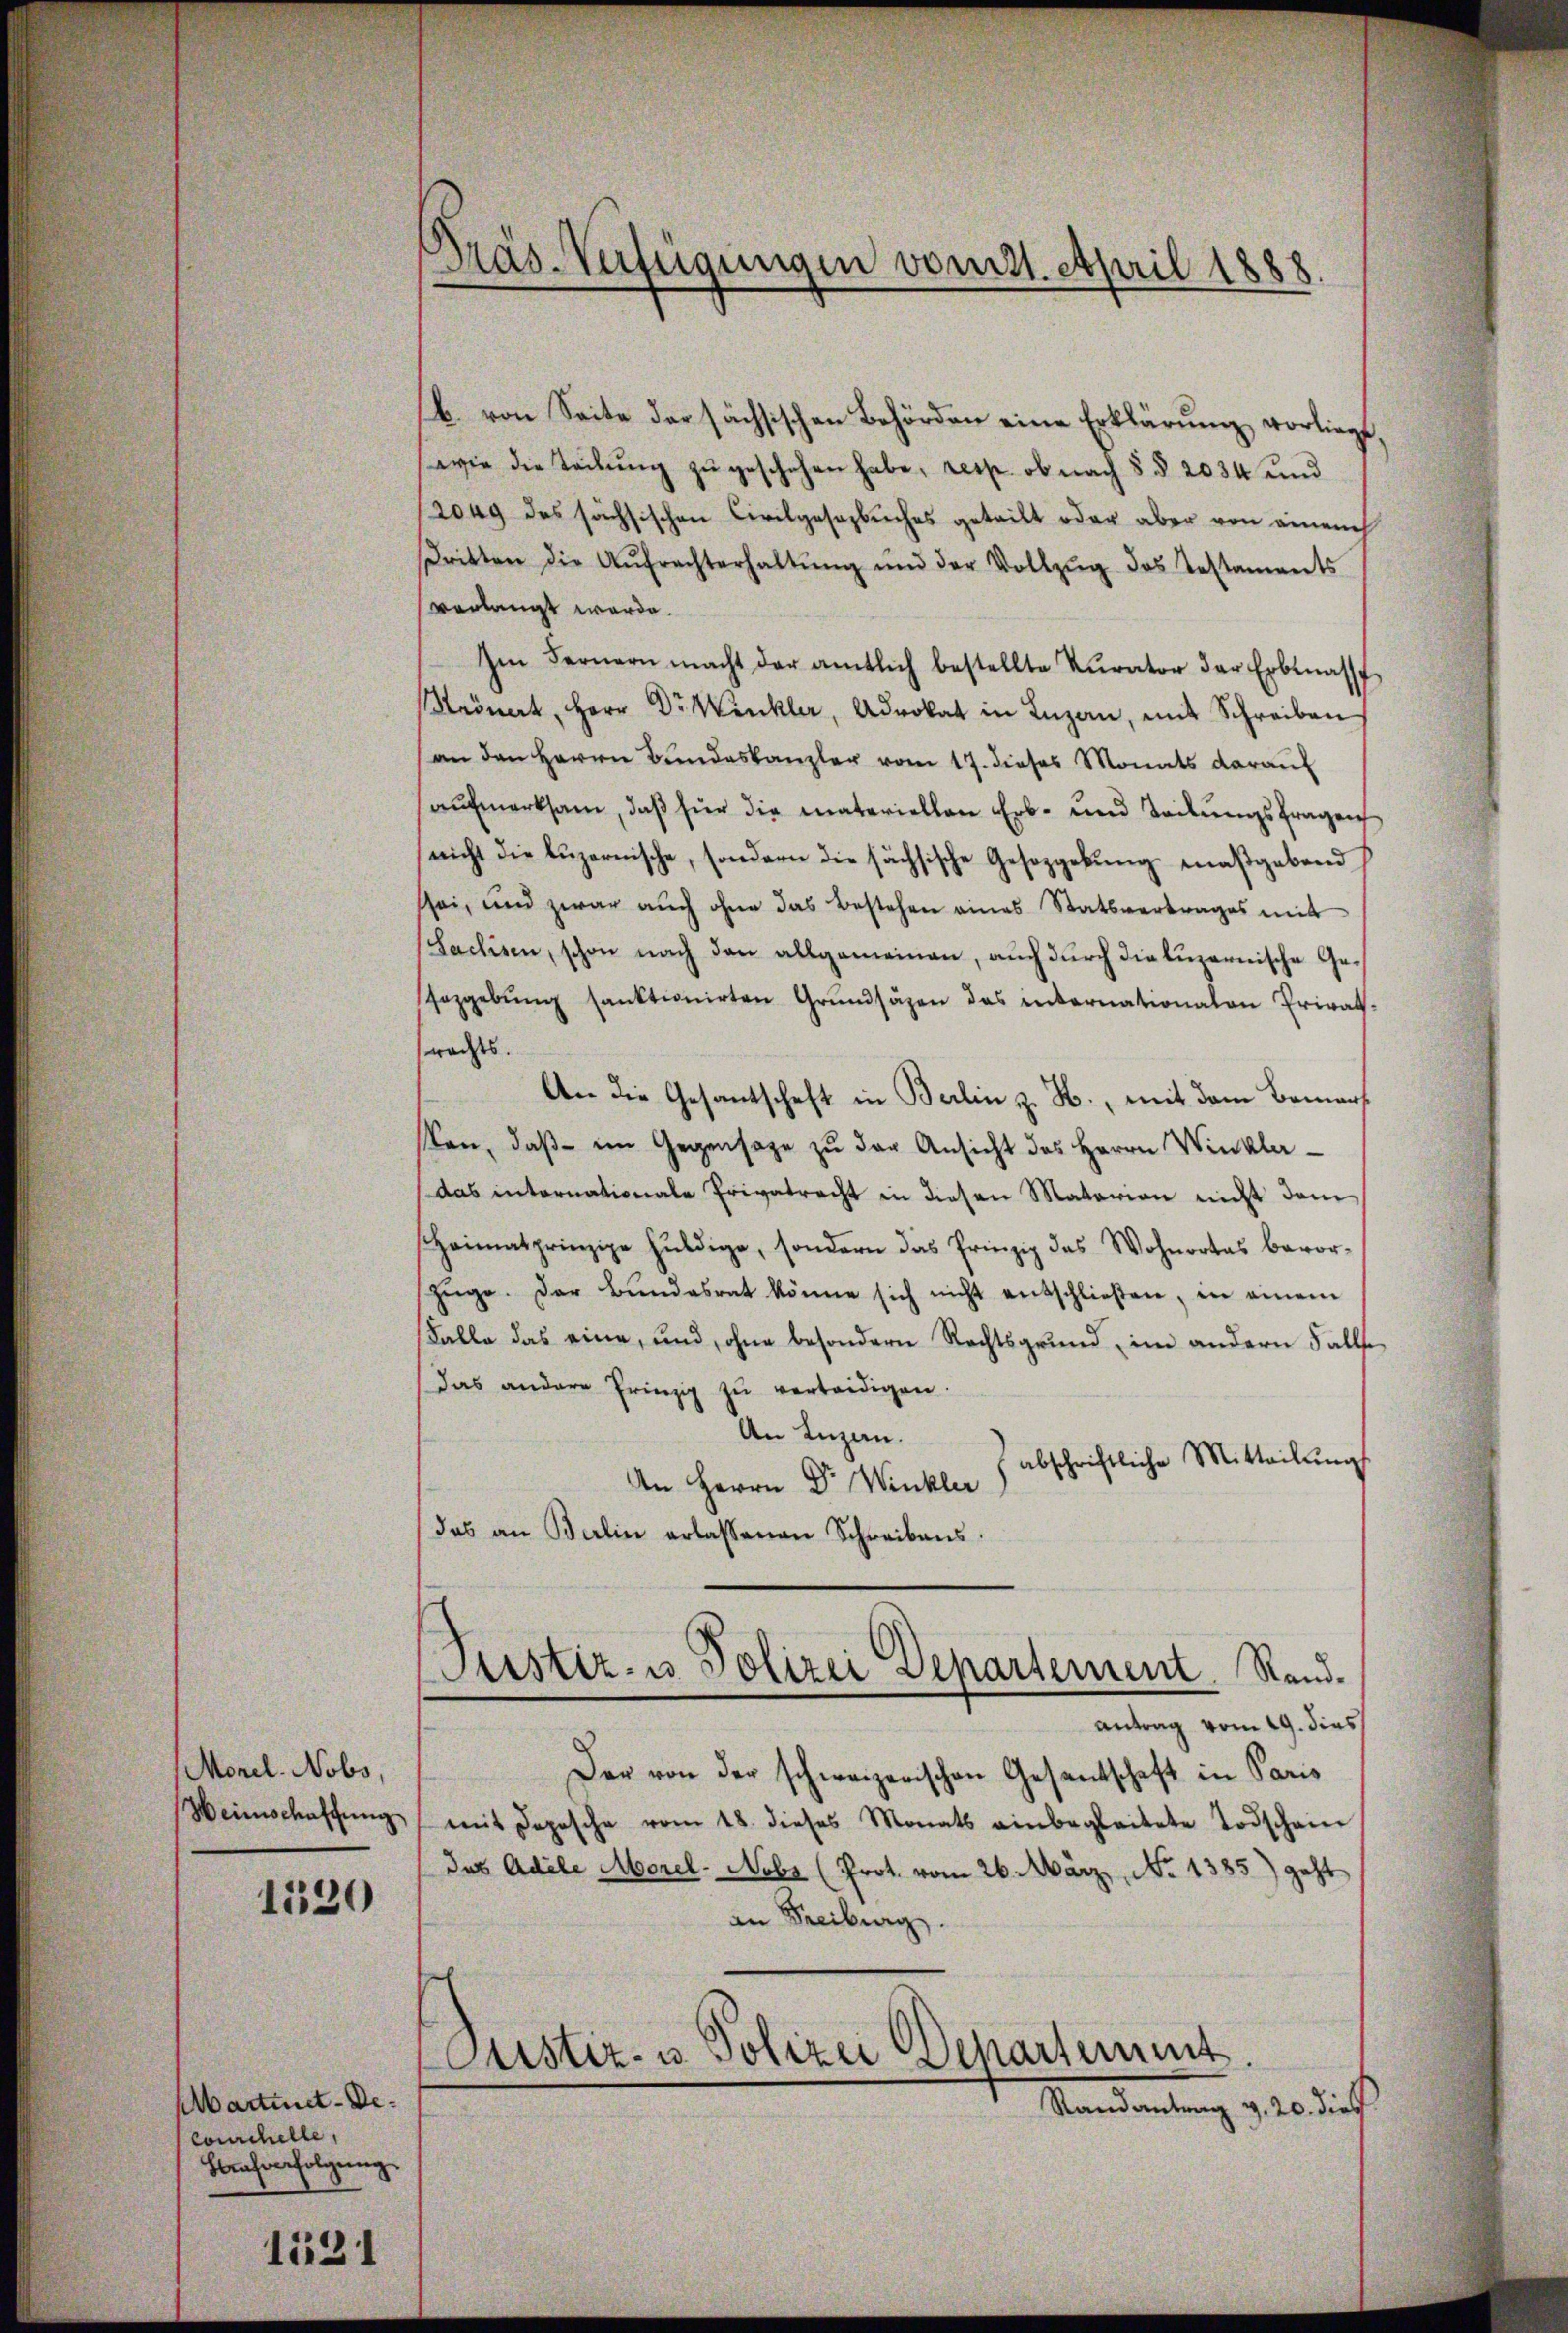
Morel. Nobs,
Heinschaffung

1120

Martinet-De¬
Couchelle,
Kaufverfolgung

1531

Prás-Verfügungen vom 11. April 1888.

b. von Seite der sächsischen Behörden eine Erklärung vorliegt,
wie die Teilŭng zŭ geschehen habe, resp. ob nach § § 2034 und
2049 des sächsischen Civilgesezbuches geteilt oder aber von einem
Dritten die Aŭfrachterhaltŭng und der Vollzŭg des Testaments
verlangt werde.
Im Fernern macht der amtlich bestellte Kurator der Erblass
Keinert, Herr Dr. Winkler, Advokat in Luzan, mit Schreiben
an den Herrn Bundeskanzler vom 17. dieses Monats daraŭf
aufmerksam, daß für die materiellen Erb- und Teilungsfragen
(nicht die luzernische, sondern die sächsische Gesetzgebung maßgebend
sei, und zwar auch ohne das bestehen eines Statsvertrages mit
Sachsen, schon nach den allgemeinen, auch durch die luzernische Ge¬
Haggebŭng sanktionirten Grŭndsäzen das internationalen Privat-
rachtes.
An die Gesantschaft in Berlin z. B., mit dem Bemerk
ken, daβ im Gegensage zu der Ansicht des Herrn Winkla¬
(das internationale Privatrecht in diesen Matarion nicht dem
Heimatsprinzipe huldige, sondern das Prinzip das Wohnortes bevor-
Züge. Der Bŭndesrat könne sich nicht entschließen, in einem
Falle das eine, und, ohne besondern Rechtsgrund, im andern Falls
das andere Prinzip zŭ verteidigen.
An Luzern.
abschriftliche Mitteilŭng
An Herrn Dr. Winkler
das an Balin erlassenen Schreibens.
Justiz- u Polizei Departement. Standantrag vom 19. dies
Der von der schweizerischen Gesantschaft in Paris
mit Depesche vom 18. dieses Monats einbegleitete Todschein
das Adele Morel-Nobr (Prot. vom 26. März, No 1385) geht
an Freiburg.
Pustiz- u. Polizei Departement.
Randantrag v. 20. dies